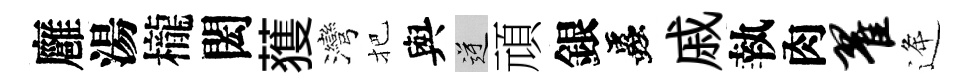
廱湯櫳閎𫉬灣把與逆頑銀蟲戚執肉翟逄